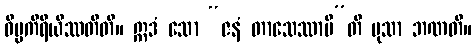
ဝိပ္ပကိရိယိဿတီတိ။ ဣဒံ သော “ဇနံ တာသေဿာမီ”တိ မုသာ ဘဏတိ။